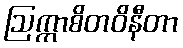
ဩက္ကာစိတဝိနီတာ